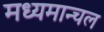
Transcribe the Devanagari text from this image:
मध्यमान्चल